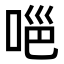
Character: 𭈊